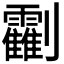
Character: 𠠰